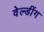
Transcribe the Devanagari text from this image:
वेल्डींग